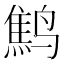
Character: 鹪